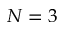
N = 3